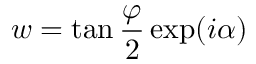
w = \tan \frac { \varphi } { 2 } \exp ( i \alpha )